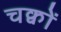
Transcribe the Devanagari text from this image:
चक्वों